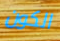
الكون